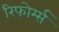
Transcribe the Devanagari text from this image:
रिफोर्म्स